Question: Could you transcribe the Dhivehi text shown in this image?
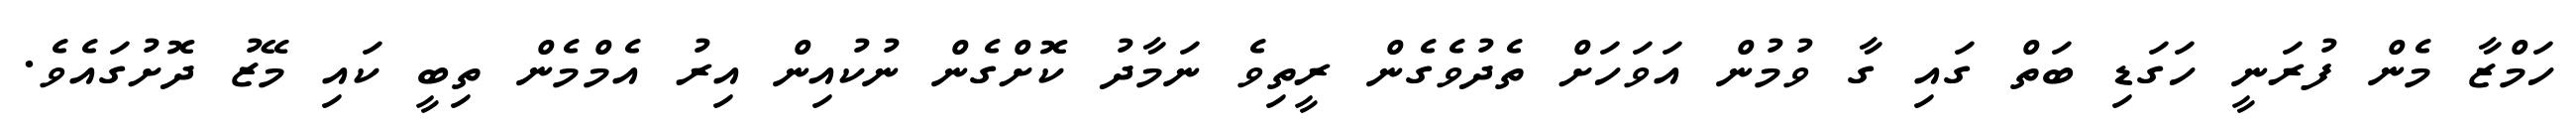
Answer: ހަމްޒާ މެން ފުރަނީ ހަގަޑި ބަތް ގައި ގާ ވުމުން އަވަހަށް ތެދުވެގެން ރީތިވެ ނަމާދު ކޮށްގެން ނުކުއިން އިރު އެމްމެން ތިބީ ކައި މޭޒު ދޮށުގައެވެ.